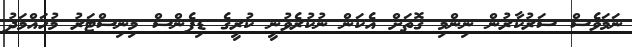
ނަމަވެސް ސަރުކާރުން ނިންމި ގޮތަށް އެކަން ނުކުރެވުނީ ކުރީގެ ޑިފެންސް މިނިސްޓަރު މުހައްމަދު